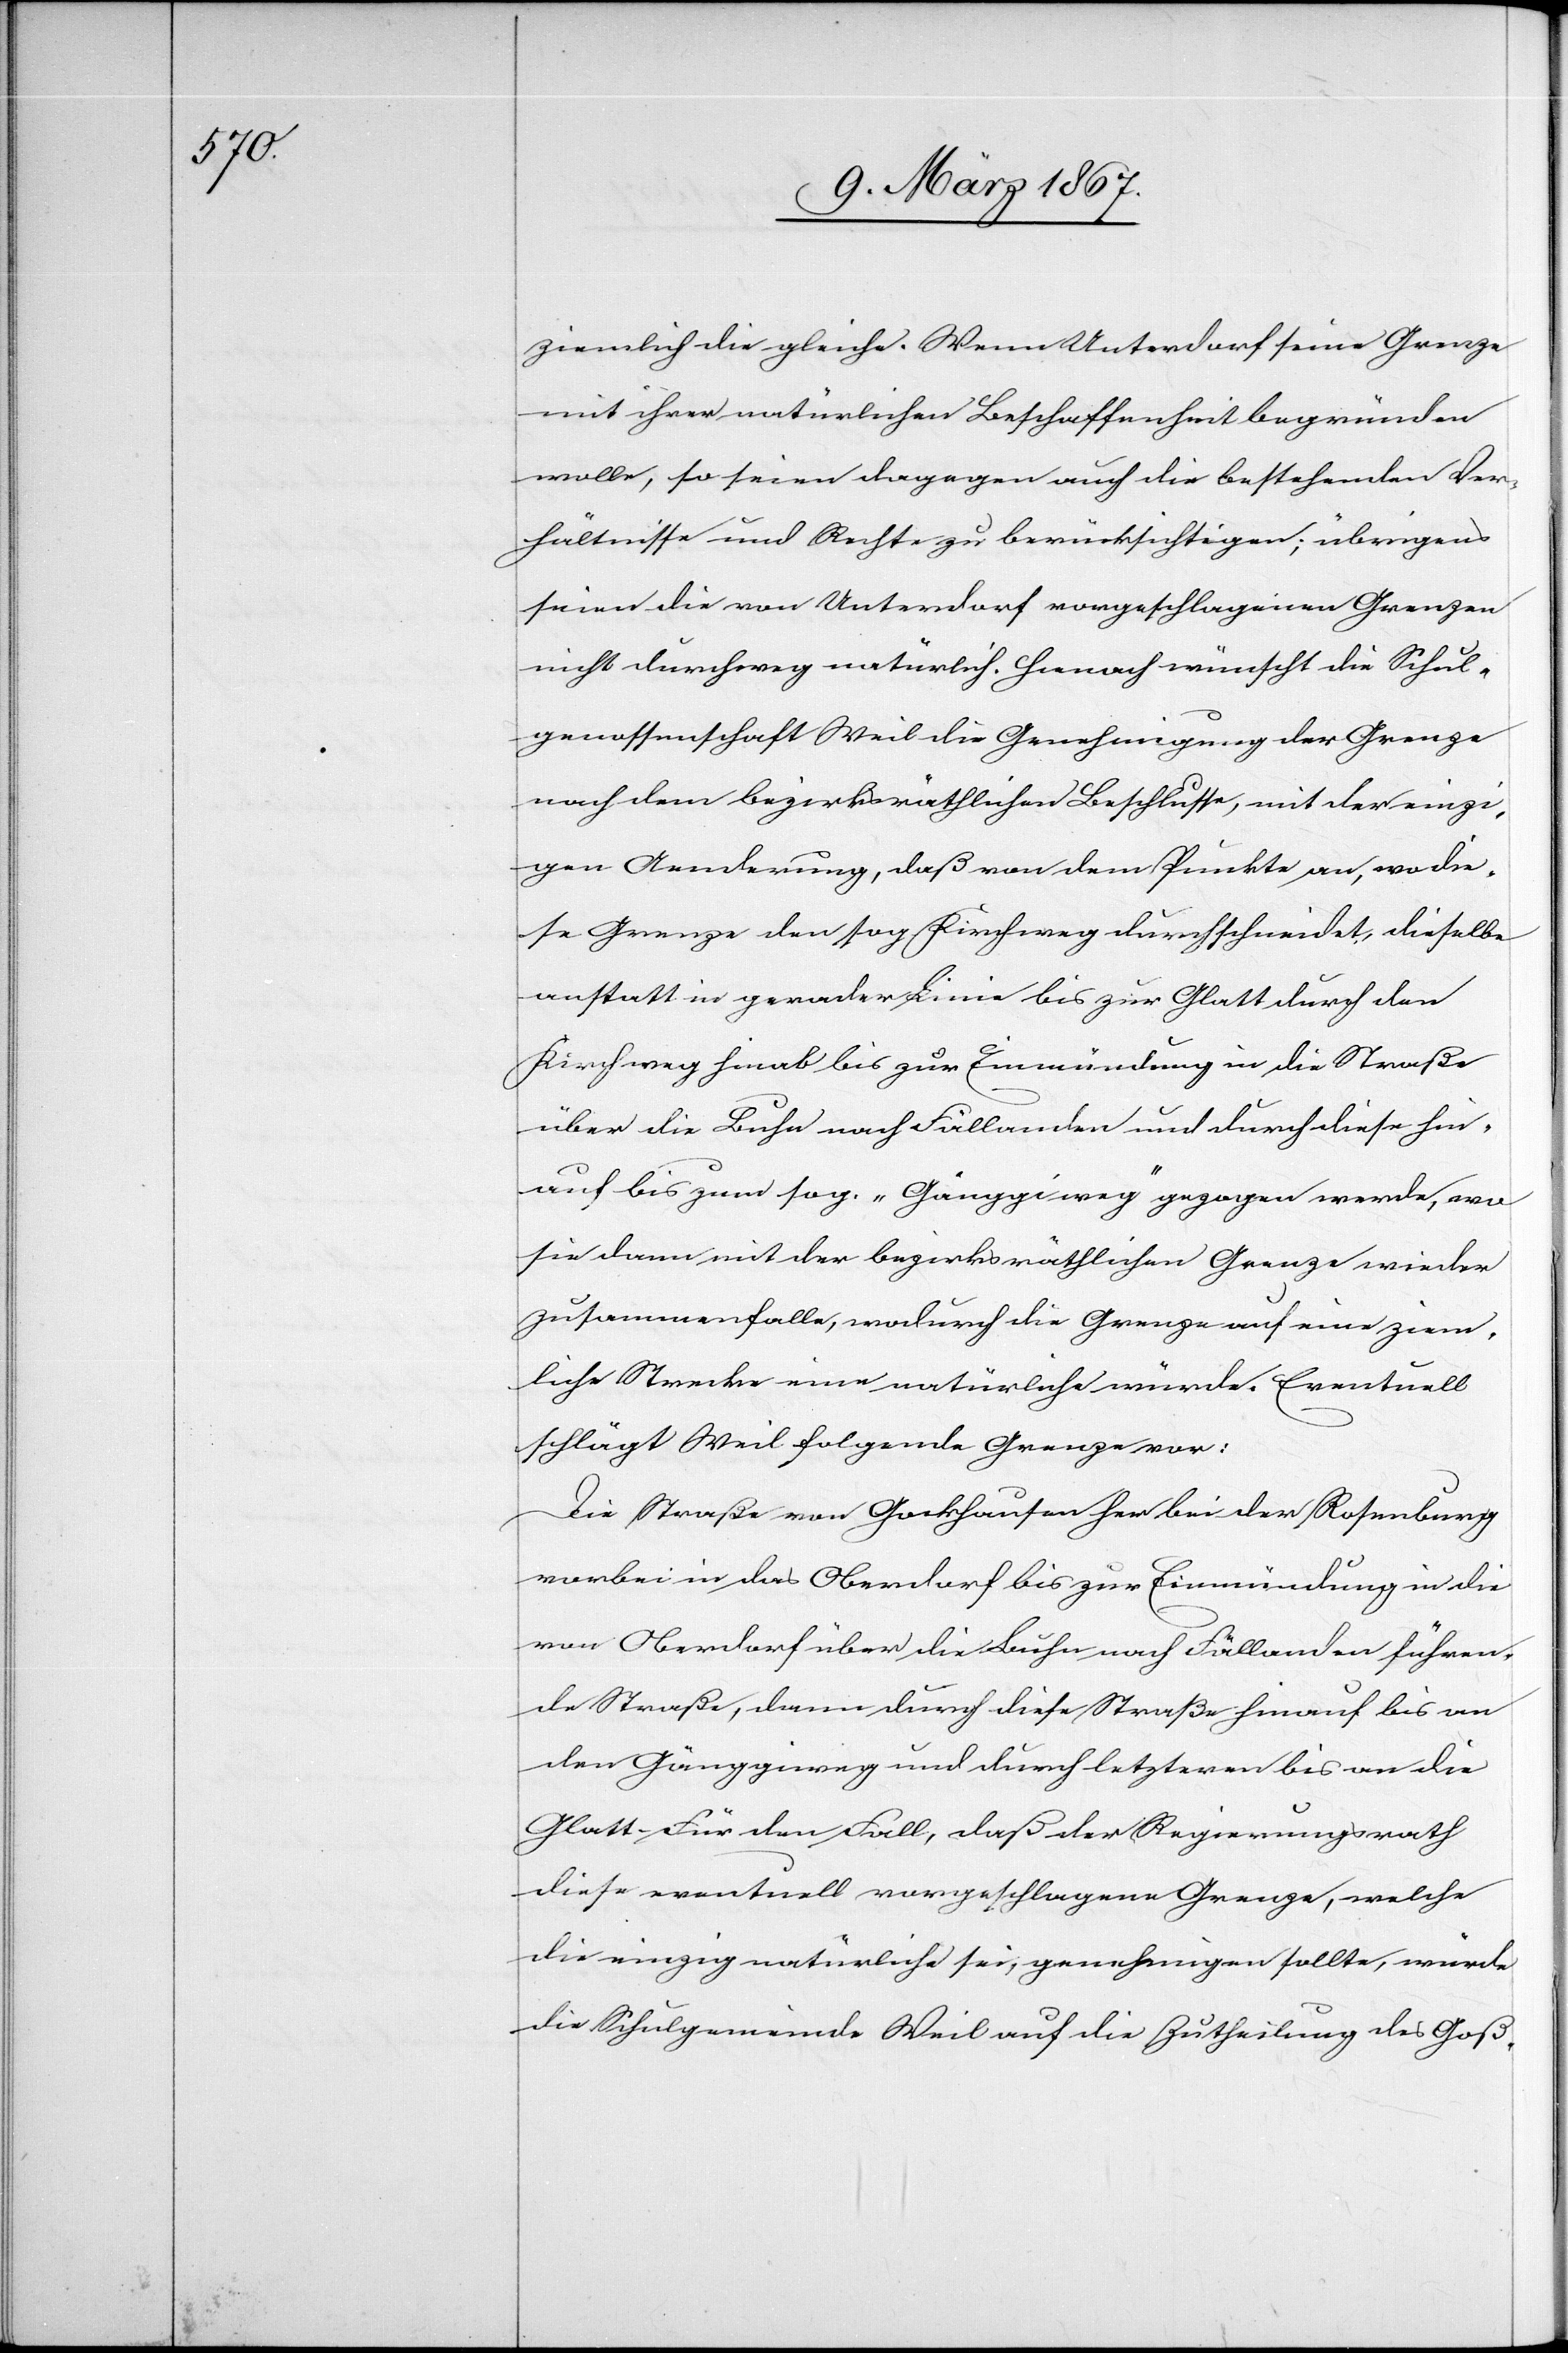
ziemlich die gleiche. Wenn Unterdorf eine Grenze
mit ihrer natürlichen Beschaffenheit begründen
wolle, so seien dagegen auch die bestehenden Ver¬
hältnisse und Rechte zu berücksichtigen; übrigens
seien die von Unterdorf vorgeschlagenen Grenzen
nicht durchwegs natürlich. Hienach wünscht die Schul¬
genossenschaft Weil die Genehmigung der Grenze
nach dem bezirksräthlichen Beschlusse, mit der einzi¬
gen Aenderung, daß von dem Punkte an, wo die¬
se Grenze den sog. Kirchweg durchschneidet, dieselbe
anstatt in gerader Linie bis zur Glatt durch den
Kirchweg hinab bis zur Einmündung in die Straße
über die Buche nach Fällanden und durch diese hin¬
auf bis zum sog. „Gänggiweg“ gezogen werde, wo
sie dann mit der bezirksräthlichen Grenze wieder
zusammenfalle, wodurch die Grenze auf eine ziem¬
liche Strecke eine natürliche würde. Eventuell
schlägt Weil folgende Grenze vor:
Die Straße von Gockhausen her bei der Rosenburg
vorbei in das Oberdorf bis zur Einmündung in die
von Oberdorf über die Buche nach Fällanden führen¬
de Straße, dann durch diese Straße hinauf bis an
den Gänggiweg und durch letzteren bis an die
Glatt. Für den Fall, daß der Regierungsrath
diese eventuell vorgeschlagene Grenze, welche
die einzig natürliche sei, genehmigen sollte, würde
die Schulgemeinde Weil auf die Zutheilung des Goß-